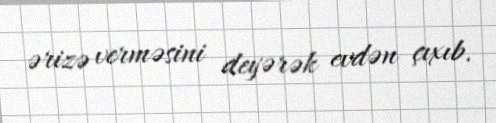
ərizə verməsini deyərək evdən çıxıb.